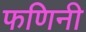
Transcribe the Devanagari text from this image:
फणिनी